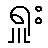
ရှူး